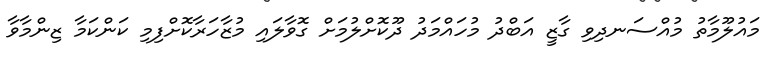
މައުލޫމާތު މުއްސަނދިވި ގާޒީ އަބްދު މުހައްމަދު ދޫކޮށްލުމަށް ގޮވާލައި މުޒާހަރާކޮށްފިމި ކަންކަމާ ޒިންމާވާ